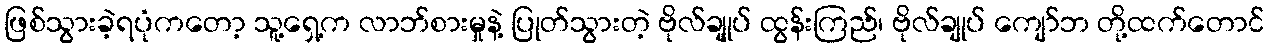
ဖြစ်သွားခဲ့ရပုံကတော့ သူ့ရှေ့က လာဘ်စားမှုနဲ့ ပြုတ်သွားတဲ့ ဗိုလ်ချုုပ် ထွန်းကြည်၊ ဗိုလ်ချုပ် ကျော်ဘ တို့ထက်တောင်